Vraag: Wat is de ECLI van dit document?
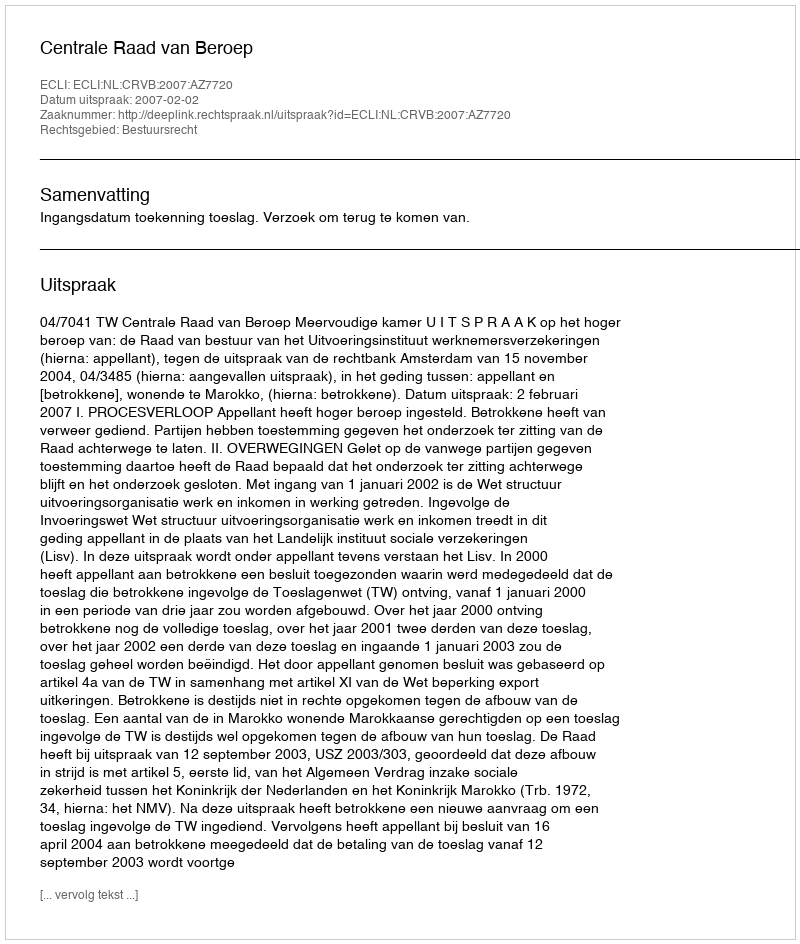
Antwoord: ECLI:NL:CRVB:2007:AZ7720